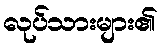
လုပ်သားများ၏